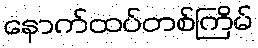
နောက်ထပ်တစ်ကြိမ်